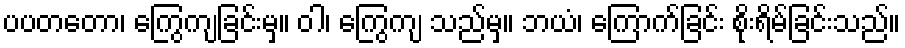
ပပတတော၊ ကြွေကျခြင်းမှ။ ဝါ၊ ကြွေကျ သည်မှ။ ဘယံ၊ ကြောက်ခြင်း စိုးရိမ်ခြင်းသည်။